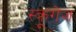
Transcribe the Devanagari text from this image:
स्क्रूगेज